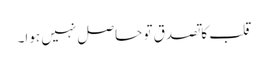
قلب کا تصدق تو حاصل نہیں ہوا۔